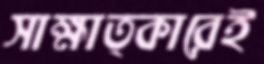
সাক্ষাত্কারেই